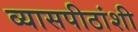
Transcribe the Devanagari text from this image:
व्यासपीठांशी